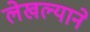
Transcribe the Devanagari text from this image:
लेखल्याने